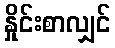
နှိုင်းစာလျှင်